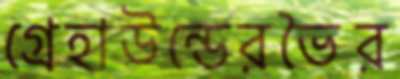
গ্রেহাউন্ডেরভৈর